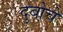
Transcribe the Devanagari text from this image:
दुबोचे